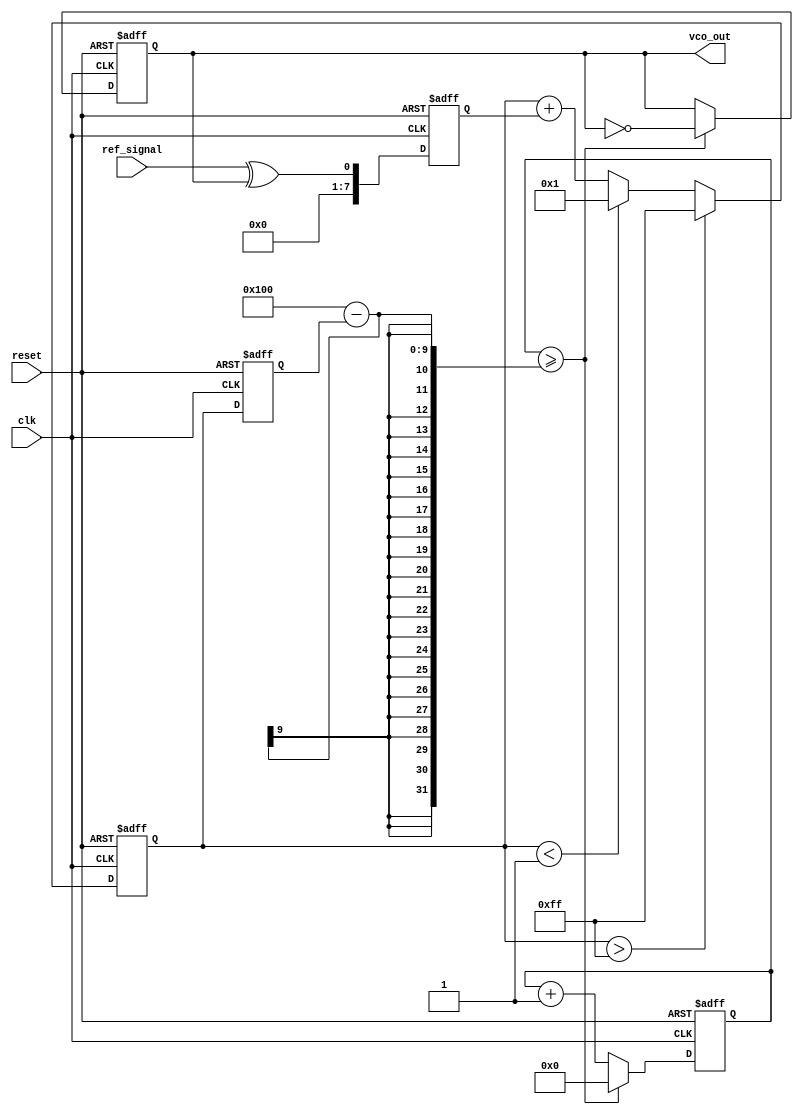
module memory_blocks_PLL (
    input wire clk,           // System clock
    input wire reset,         // Reset signal
    input wire ref_signal,    // Reference input signal
    output wire vco_out       // Output of the VCO
);

    // Parameters
    parameter MEMORY_SIZE = 8;       // Size of memory for intermediate values
    parameter VCO_MAX_FREQ = 8'b11111111; // Maximum frequency for VCO
    parameter VCO_MIN_FREQ = 8'b00000001; // Minimum frequency for VCO

    // Internal signals
    reg [MEMORY_SIZE-1:0] phase_error; // Phase error storage
    reg [MEMORY_SIZE-1:0] filtered_error; // Filtered phase error
    reg [7:0] vco_freq;                // Current frequency of the VCO
    reg [7:0] vco_count;               // VCO output counter
    reg vco_out_reg;                   // VCO output signal

    // Phase Detector (PD)
    always @(posedge clk or posedge reset) begin
        if (reset) begin
            phase_error <= 0;
        end else begin
            // Simple phase detector to compare reference and vco output
            // This can be a more complex implementation based on your needs
            phase_error <= ref_signal ^ vco_out_reg; // XOR for phase comparison
        end
    end

    // Loop Filter (using a simple integrator for demonstration)
    always @(posedge clk or posedge reset) begin
        if (reset) begin
            filtered_error <= 0;
        end else begin
            // Simple proportional-integral filter
            filtered_error <= filtered_error + phase_error; // Integrating the phase error
            // Clamp filter output to avoid overflow
            if (filtered_error > VCO_MAX_FREQ) 
                filtered_error <= VCO_MAX_FREQ;
            else if (filtered_error < VCO_MIN_FREQ)
                filtered_error <= VCO_MIN_FREQ;
        end
    end

    // Voltage-Controlled Oscillator (VCO)
    always @(posedge clk or posedge reset) begin
        if (reset) begin
            vco_freq <= VCO_MIN_FREQ;
            vco_count <= 0;
            vco_out_reg <= 0;
        end else begin
            // Update VCO frequency based on filtered error
            vco_freq <= filtered_error;

            // Generate VCO output based on frequency
            vco_count <= vco_count + 1;
            if (vco_count >= (256 - vco_freq)) begin
                vco_out_reg <= ~vco_out_reg; // Toggle output
                vco_count <= 0;
            end
        end
    end

    assign vco_out = vco_out_reg; // Assign VCO output to module output

endmodule